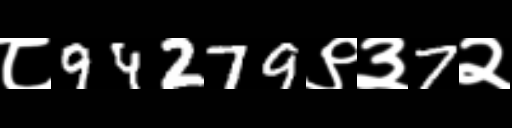
Text: ८94279९३7२